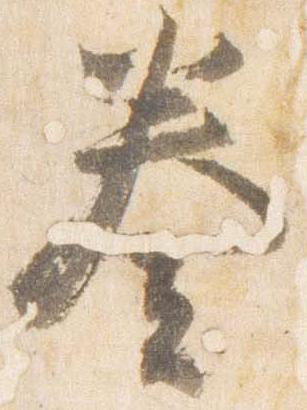
奏